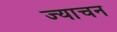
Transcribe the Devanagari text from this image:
ज्याचन